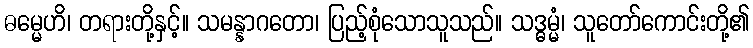
ဓမ္မေဟိ၊ တရားတို့နှင့်။ သမန္နာဂတော၊ ပြည့်စုံသောသူသည်။ သဒ္ဓမ္မံ၊ သူတော်ကောင်းတို့၏